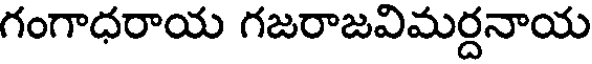
గంగాధరాయ గజరాజవిమర్దనాయ